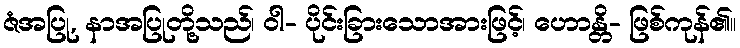
ဇံအပြု, နာအပြုတို့သည်၊ ဝါ- ပိုင်းခြားသောအားဖြင့်၊ ဟောန္တိ- ဖြစ်ကုန်၏။